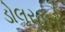
ડોલરહતો